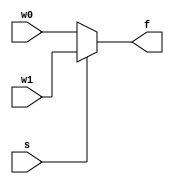
module mux2to1_con(w0, w1, s, f);
    input w0, w1, s;
    output f;

    assign f = s ? w1 : w0;

endmodule